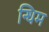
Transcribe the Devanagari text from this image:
न्धिम